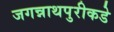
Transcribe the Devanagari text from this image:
जगन्नाथपुरीकडे